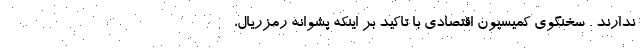
ندارند . سخنگوی کمیسیون اقتصادی با تاکید بر اینکه پشوانه رمزریال،